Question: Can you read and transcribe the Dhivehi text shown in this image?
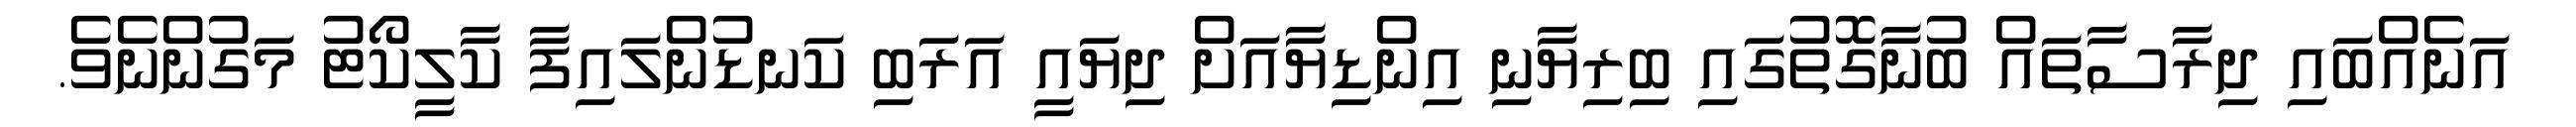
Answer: އަނެއްބައި ދިރާސާތައް ބުނާގޮތުގައި ބިރިޔާނި އިންޑިޔާއަށް ދިޔައީ އަރަބި ކަނޑުންލައިފާ ކާލީކޯޓު މަގުންނެވެ.